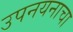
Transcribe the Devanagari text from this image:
उपनयनाचा